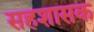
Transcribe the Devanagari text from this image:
सहशासक